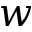
w